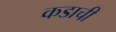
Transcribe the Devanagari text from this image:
कडाची